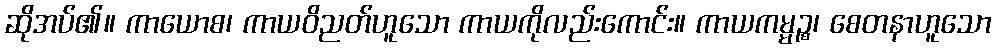
ဆိုအပ်၏။ ကာယောစ၊ ကာယဝိညတ်ဟူသော ကာယကိုလည်းကောင်း။ ကာယကမ္မဉ္စ၊ စေတနာဟူသော